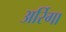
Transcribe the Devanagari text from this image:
अर्रिगा